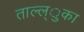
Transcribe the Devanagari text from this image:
ताल्ल्ुका